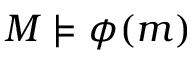
M \models \phi ( m )